Vital statistics of India. Vol. VI, European troops 1870-79
Year: 1870
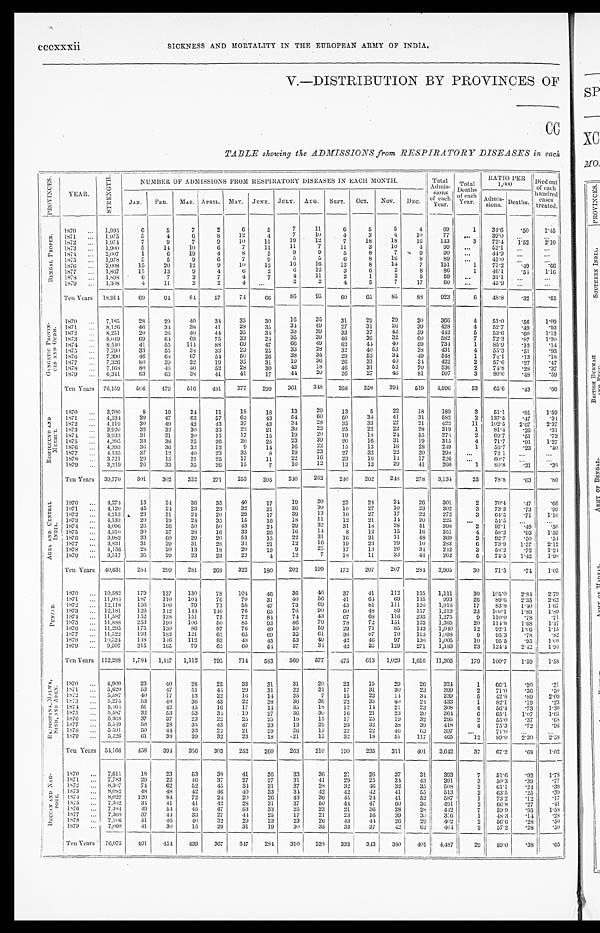
cccxxxii SICKNESS AND MORTALITY IN THE EUROPEAN ARMY OF INDIA.
V.—DISTRIBUTION BY PROVINCES OF
CC
TABLE showing the ADMISSIONS from RESPIRATORY DISEASES in each
P R O V I N C E S .
YEAR.
S T R E N G T H .
NUMBER OF A DMISSIONS FROM RESPIRATORY DISEASES IN EACH MONTH.
Total
Admis-
sions
of each
Year.
Total
Deaths
of each
Year.
RATIO PER 1 , 0 0 0 Died out
of each
hundred
cases
treated.
JAN. FEB.
MAR. APRIL. MAY. JUNE. JULY. AUG. SEPT. OCT. NOV. DEC.
Admis- sions.
D e a t h s .
B E N G A L P R O P E R .
1870 ... 1,995
6
5
7
2
6
5
7
11
6
5
5
4
69
1
34.6 .50 1.45
1871 ... 1,975
5
4
6
8
12
4
7
10
4
3
4
10
77
. . . 39.0
. . . ...
1872 ... 1,974
7
9
7
9
10
11
19
12
7
18
18
16
143
3
72.4 1.52
2.10
1873 ... 1,900
5
14
10
6
7
11
11
7
11
3
10
4
99
. . . 52.1
. . .
. . .
1874
. . . 2,007
1
6
19
4
8
5
9
9
5
8
7
9
90
. . .
4 4 . 9 ...
...
1875 ... 1,978
5
5
9
6
7
9
5
5
6
8
16
8
89 ...
4 5 . 0
. . .
. . .
1876
. . . 2,008
15
20
12
9
10
12
16
16
12
8
14
7
151
1
75.2
. 4 9 . 6 6
1877
. . . 1,867
15
13
9
4
6
2
6
12
3
6
2
8
86
1
46.1
. 5 4 1. 16
1878
. . . 1,898
6
7
3
7
4
7
4
11
2
1
2
5
59 ...
31.1
. . .
. . .
1879 ... 1,308
4
11
2
2
4 . . .
2
2
4
5
7
17
6 0
...
4 5 . 9 ...
. . .
Ten Years 18,914
69
94
8 4
57
7 4
66
86
95
60
65
85
88 923
6 48.8 .32
.65
G A N G E T I C P R O V I N -
C E S A N D O U D H .
1870 ... 7,185
28
29
40
34
35
30
16
35
31
29
29
30
366
4 51.0
. 5 6
1.09
1871
. . . 8,126
46
34
38
41
28
35
34
49
27
31
26
39
428
4
52.7
. 4 9 .93
1872
. . . 8,251
20
26
40
44
35
34
33
39
33
37
42
59
442
5 53.6
. 6 0 1.13
1873 ... 8,049
69
64
69
75
33
24
35
39
46
36
32
6 0 582
7 72.3
.87 1.20
1874 ... 8,540
41
55
114
88
69
47
6 6
49
62
44
40
59
734
1
8 5 . 9
. 1 2 .14
1875
. . . 7,790
33
55
38
33
23
25
33
28
32
40
53
38
431
4 55.3
. 5 1 .93
1876
. . . 7,390
46
68
67
54
50
26
38
35
29
52
34
49
548
1 74.1
. 1 3 . 18
1877
. . . 7,326
80
39
32
19
35
31
19
36
26
31
40
34 422
2
57.6
. 2 7 .47
1878 ... 7,168
80
4 6
4 0
52
28
30
43
1 8
46
31
52
70
536
2 74.8
. 2 8
. 3 7
1879 ... 6,341
63
63
38
41
41
17
44
20
26
27
46
81
507
3
80.0
. 4 8 .59
Ten Years 76. 1 5 9 506 479
5 1 6
481 377
299
361
348 358 358
3 9 4
519 4,996
33 65.6
.43
.66
R O H I L C U N D A N D M E E R U T .
1870 ... 3,700
8
19
24
11
18
18
13
20
13
5
22
18
189
3
51.1 .81
1.59
1871
. . . 4,234
39
47
63
57
63
43
54
6 0
50
34
41
31
582
2
137.5
.47
. 34
1872 ... 4,119
30
49
42
43
37
43
34
28
35
33
27
21
422
11 102.5 2.67
2.37
1873 ... 3,920
32
32
30
33
22
21
30
22
25
22
22
28
319
1
81.4
. 2 5 .31
1874
. . . 3,933
31
21
20
15
17
15
19
20
19
18
24
55
274
2 69.7
. 5 1 .73
1875 ... 4,395
33
38
25
26
20
25
23
39
20
16
31
19
315
4 71.7
. 9 1 1.27
1876
. . . 4,393
36
36
32
12
9
14
16
22
15
13
16
28 249
1
56.7
.23
.40
1877
. . . 4,135
37
12
40
23
35
8
19
23
27
32
22
20
298 ... 72.1
. . .
. . .
1878 ... 3,721
29
15
21
25
17
11
22
16
23
16
14
17
226 ...
60.7
. . .
. . .
1879
. . . 3,219
26
33
35
26
15
7
10
12
13
13
29
41
260
1
8 0 . 8
. 3 1
. 3 8
Ten Years 39,770
301
302
332
271
253
205
240 262
240
202
248 278 3,134
25
78.8 .63 .80
A G R A A N D C E N T R A L I N D I A . 1870 ... 4,274
13
24
36
35
40
17
19
20
23
24
24 26
301
2 70.4
. 4 7
. 6 6
1871 ... 4,120
45
24
23
23
32
21
26
30
18
27
10
23
302
3 73.3
.73
.99
1872
. . . 4,213
23
31
24
20
29
17
39
13
10
27
17
22
272
3
6 4 . 5
. 7 1 1.10
1873 ... 4,133
20
19
24
35
15
16
18
11
12
21
14
20
225 ...
54.5
. . .
. . .
1874
. . . 4,096
26
26
50
50
43
24
29
32
31
18
28
41
398
2
97.1
. 4 9 .50
1875 ... 4,310
30
37
28
16
33
26
16
14
8
12
15
16
251
4 58. 2
.93
1.59
1876
. . . 3,982
33
60
29
20
53
15
22
31
16
31
11
48
369
2
9 2 . 7 .50
. 54
1877
. . . 3,831
31
29
31
28
34
21
12
16
19
23
29
10
283
6 73.9 1.57
2.12
1878 ... 4,156
28
20
13
18
20
19
9
25
17
13
26
34 242
3
58.2
.72
1. 24
1879
. . . 3,517
35
29
23
23
23
4
12
7
18
11
33
44
262
5 74.5 1.42
1. 98
Ten Years 40,631
284 299 281
268
322
180
202
199 172
207
207
284 2,905
30 71.5 .74 1.03
P U N J A B .
1870
. . . 10,582.
179 137
130
78 104
46
36
46
37
41
112
165 1,111
30 105.0 2.84 2.79
1871 ... 11,084 187
110
104
76
70
31
40
56
41
64
69
145
993
26 89.6 2.35
2.62
1872 ... 12,118
156 100
79
73
58
47
73
6 9 43
81
111
126 1,016
17
83.8 1.40
1.67
1873 ... 12,181
126
142
144 146
76
65
76
90
6 0
48
89
157 1,219
23
1 0 0 . 1
1.89
1.89
1874 ... 11,587
152
138 151
75
72
84
74
43
67
68
116
235 1,275
9 110.0
. 7 8 .71
1875 ... 11,888 253
196 106
50
85
93
86
70
78
72
151
125 1,365
20 114.8
1 . 6 8 1.47
1876
. . . 11,295
175
130
86
87
76
49
50
59
29
71
85
143 1,040
12 92.1 1.66
1.15
1877 ... 11,522
193
183
121
65
65
69
35
61
36
87
70
113 1,098
9 95.3
. 7 8 .82
1878
. . . 10,524
148 146 112
83
48
45
53
49
42
46
97
136 1,005
10 95.5
.95
1.00
1879 ... 9,507
215
165
79
62
60
54
37
34
42
35
129
271 1,183
23 124.4 2.42 1. 94
Ten Years 112,288 1,784 1,447 1,112
795
714 583
560 577
475
613 1,029 1,616 11,305
179 100.7 1.59
1.58
R A J P O O T A N A , M A L W A , S I N D , A N D A D E N .
1870 ... 4,900
23
40
28
25
33
31
31
20
23
15
29
26
3 2 4
1
6 6 . 1
. 2 0
. 3 1
1871 ... 5,620
53
47
51
44
29
31
22
21
17
31
30
23
399
2
7 1 . 0
. 3 6
. 5 0
1872 ... 5,587
40
17
13
22
16
14
25
7
15
22
14
34
239
5 42.8
. 8 9 2.09
1873
. . . 5,275
53
48
36
43
22
38
36
36
22
35
40
24
433
1
82.1
.19
.23
1874
. . . 5,464
51
42
45
16
17
14
35
18
12
14
21
23
308
4 56.4
. 7 3 1.30
1875
. . . 5,587
32
53
53
34
19
27
36
30
1 6
21
23
20
364
6
65.1
1 . 0 7
1 . 6 5
1876 ... 5,368
37
37
23
22
25
25
18
15
17
25
19
32
295
2
55.0 .37 .68
1877 ... 5,549
58
28
35
43
47
33
13
29
23
32
38
39
418
4 75.3
. 7 2 .96
1878 ... 5,591
50
44
33
2 2
21
29
26
19
22
22
4 6
63
397
. . . 71.0
. . .
. . .
1879 ... 5,226
61
38
39
32
23
18
21
15
32
18
51
117
465
12
8 9 . 0 2.30
2. 58
Ten Years 54,166
4 5 8 394 356 303
252
260
263 210
199 235 311
401 3,642
37
67.2
. 6 8
1.02
D E C C A N A N D N A G -
P O R E . 1870 ... 7,611
18
23
53
38
41
36
33
36
21
26
37
31
393
7 51.6
. 9 2
1. 78
1871
. . . 7,783
29
22
46
37
27
27
31
41
29
25
34
43
391
3
50.3
. 3 9
. 7 7
1872 ... 8,307
74
62
52
45
34
31
37
28
32
4 6
32
35
508
2
61.1
.24
.39
1873 ... 8,082
48
48
42
4 6 40
33
34
42
42
42
41
55
513
2 63.5
.25
.39
1874 ... 8,022
120
84
72
24
20
26
43
36
45
24
41
52
587
1 73.2
. 1 2
. 1 7
1 8 7 5
. . . 7,352
34
41
41
42
28
31
37
50
44
47
60
36
491
2
6 6 . 2
. 2 7
. 4 1
1876 ... 7,384
49
54
45
47
53
33
25
23
21
36
28
28
442
7
5 9 . 9
. 9 5
1 . 5 8
1877 ... 7,368
37
44
33
27
44
25
17
21
23
16
39
30
356
1
48.3
. 1 4 .28
1878 ... 7,106
41
46
40
32
29
23
23
26
4 3
44
26
29
402
2
56.6
. 2 8 .50
1879 ... 7,060
41
30
15
29
31
19
30
35
33
37
4 2 62
404
2
57.2
.28
.50
Ten Years . 76,075
491
454 439
367
347 2 8 4
310
338 333
343
3 8 0
401 4,487
29
59.0
.38
.65